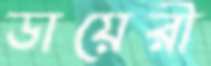
ডায়েরী